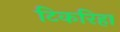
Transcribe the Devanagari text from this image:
टिकरिहा